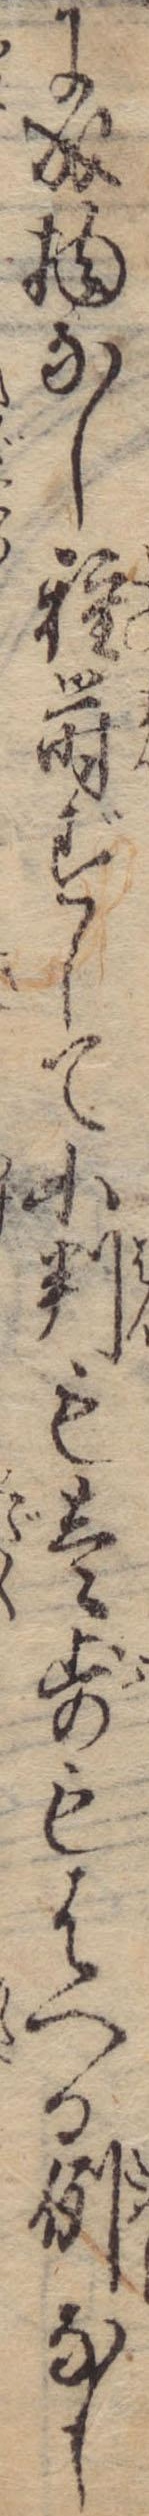
に成物なし種蒔ずして小判も壱歩もはへる例なし